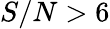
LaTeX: S/N>6